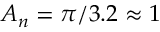
A _ { n } = \pi / 3 . 2 \approx 1